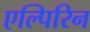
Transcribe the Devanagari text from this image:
एल्पिरिन